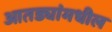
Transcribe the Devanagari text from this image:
आतड्यांमधील